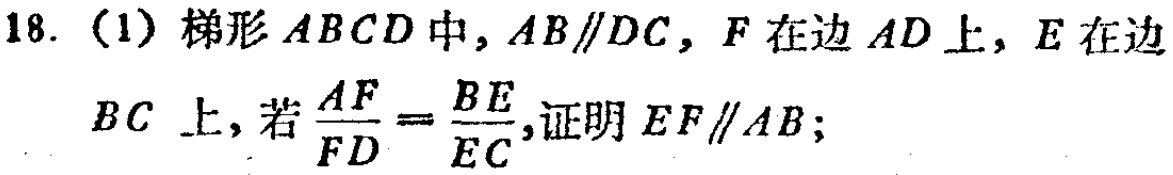
18. (1) 梯形 \(ABCD\) 中，\(AB\parallel DC\)，\(F\) 在边 \(AD\) 上，\(E\) 在边 \(BC\) 上，若 \(\frac{AF}{FD}=\frac{BE}{EC}\)，证明 \(EF\parallel AB\)；